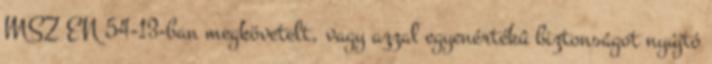
MSZ EN 54-13-ban megkövetelt, vagy azzal egyenértékû biztonságot nyújtó